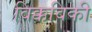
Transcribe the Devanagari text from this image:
विक्कविकी